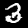
Label: 3